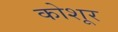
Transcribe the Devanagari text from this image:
कोशूर